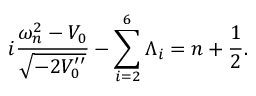
i \frac { \omega _ { n } ^ { 2 } - V _ { 0 } } { \sqrt { - 2 V _ { 0 } ^ { \prime \prime } } } - \sum _ { i = 2 } ^ { 6 } \Lambda _ { i } = n + \frac { 1 } { 2 } .